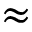
\approx